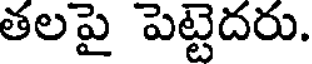
తలపై పెట్టెదరు.